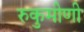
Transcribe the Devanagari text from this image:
रुकुमीणी